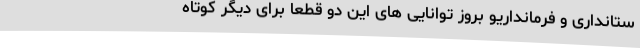
ستانداری و فرمانداریو بروز توانایی های این دو قطعاً برای دیگر کوتاه